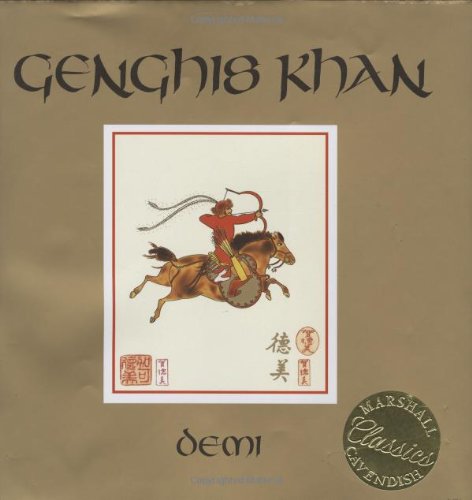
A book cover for Genghis Khan (Illustrated Biography); Demi; Children's Books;